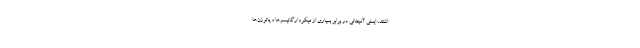
اشتند، ایمنی آنچنانی در برابر بسیاری از میکروارگانیسم‌ها و پاتوژن‌ها